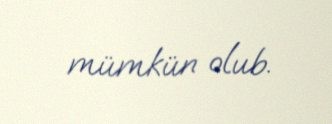
mümkün olub.